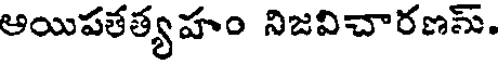
ఆయిపతత్యహం నిజవిచారణన్.